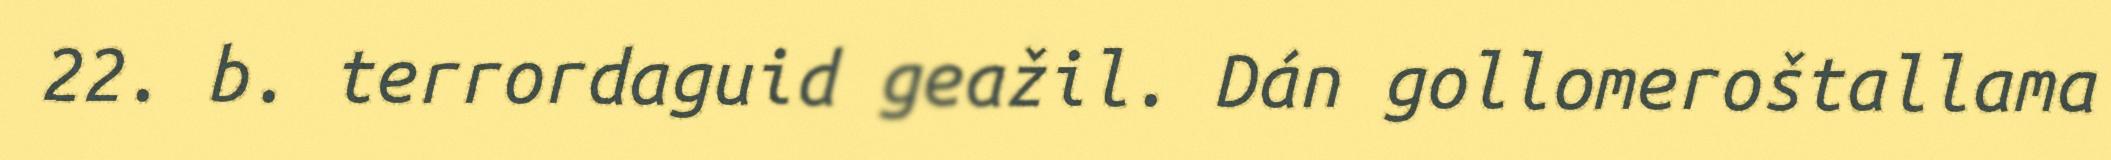
22. b. terrordaguid geažil. Dán gollomeroštallama